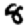
Digit: 8